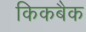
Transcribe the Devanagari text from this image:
किकबैक